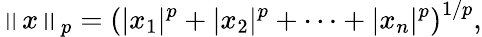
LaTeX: \left\| x\right\| _{p}=\left(|x_{1}|^{p}+|x_{2}|^{p}+\dotsb+|x_{n}|^{p}\right)^{1/p},